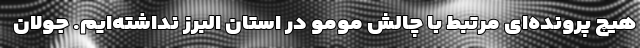
هیچ پرونده‌ای مرتبط با چالش مومو در استان البرز نداشته‌ایم. جولان